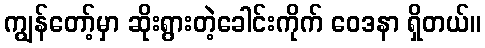
ကျွန်တော့်မှာ ဆိုးရွားတဲ့ခေါင်းကိုက် ဝေဒနာ ရှိတယ်။